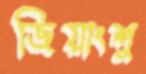
জিয়াংশু